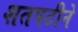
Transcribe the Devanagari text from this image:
शतपटीने